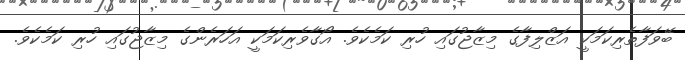
ބޭވަފާތެރިކަމަކީ އަޒްލިފާގެ މިޒާޖުގައި ހުރި ކަމެކެވެ. އޯގާވެރިކަމަކީ އަހަރެންގެ މިޒާޖުގައި ހުރި ކަމެކެވެ.